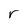
Character: r